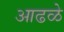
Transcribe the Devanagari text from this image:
आढळे